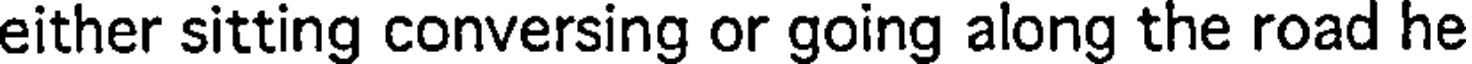
either sitting conversing or going along the road he